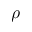
\rho